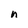
Character: n